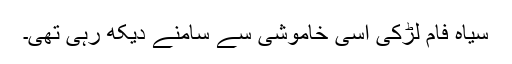
سیاہ فام لڑکی اسی خاموشی سے سامنے دیکھ رہی تھی۔